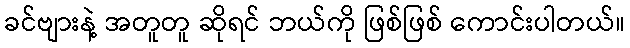
ခင်ဗျားနဲ့ အတူတူ ဆိုရင် ဘယ်ကို ဖြစ်ဖြစ် ကောင်းပါတယ်။